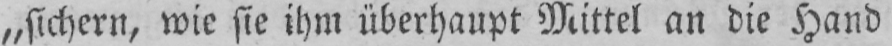
„sichern, wie sie ihm überhaupt Mittel an die Hand